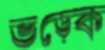
ভড়্‌কে